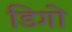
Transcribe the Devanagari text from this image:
डिगो